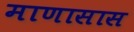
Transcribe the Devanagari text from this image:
माणासास